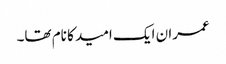
عمران ایک امید کا نام تھا۔